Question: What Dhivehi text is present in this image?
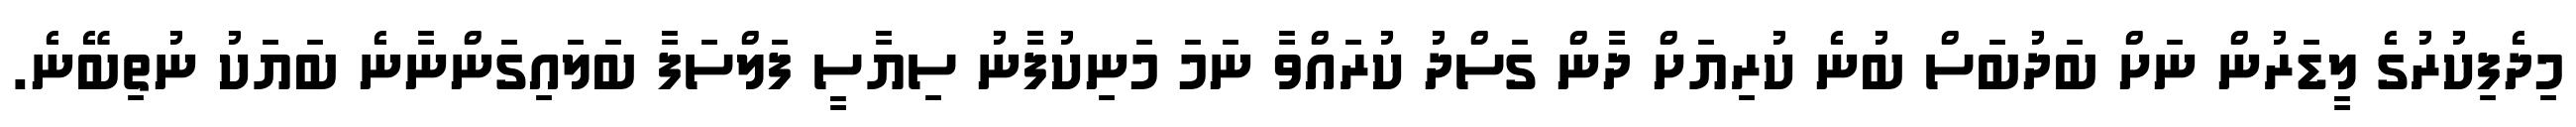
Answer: މިދެފިކުރުގެ ލީޑަރުން ނަށް ބަދުބަސް ބުނެ ކުރިޔަށް ދާން ގަސްދު ކުރައްވާ ނަމަ މަނިކުފާނު ސިޔާސީ ފަލްސަފާ ބަލައިގަންނާނެ ބަޔަކު ނުތިބޭނެ.